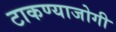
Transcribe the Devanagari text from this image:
टाकण्याजोगी